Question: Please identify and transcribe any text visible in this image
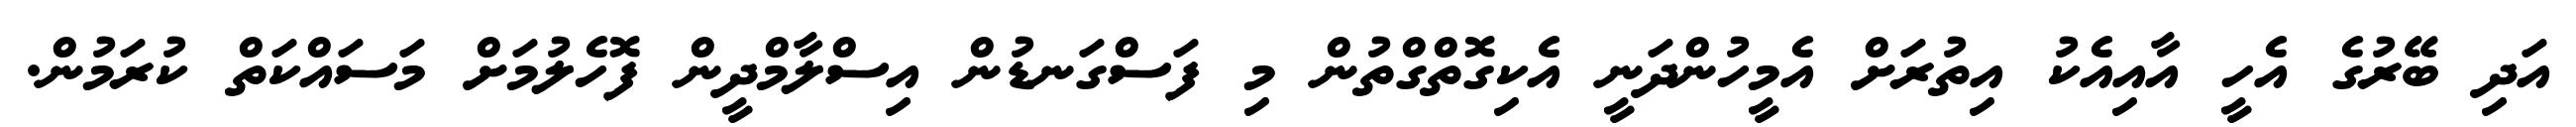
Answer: އަދި ބޭރުގެ އެހީ އާއިއެކު އިތުރަށް އެމީހުންދަނީ އެކިގޮތްގްތުން މި ފަސްގަނޑުން އިސްލާމްދީން ފޮހެލުމަށް މަސައްކަތް ކުރަމުން.